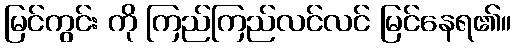
မြင်ကွင်း ကို ကြည်ကြည်လင်လင် မြင်နေရ၏။